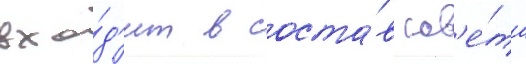
вхо́д'ит в соста́в сов'е́та